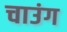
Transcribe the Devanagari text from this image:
चाउंग